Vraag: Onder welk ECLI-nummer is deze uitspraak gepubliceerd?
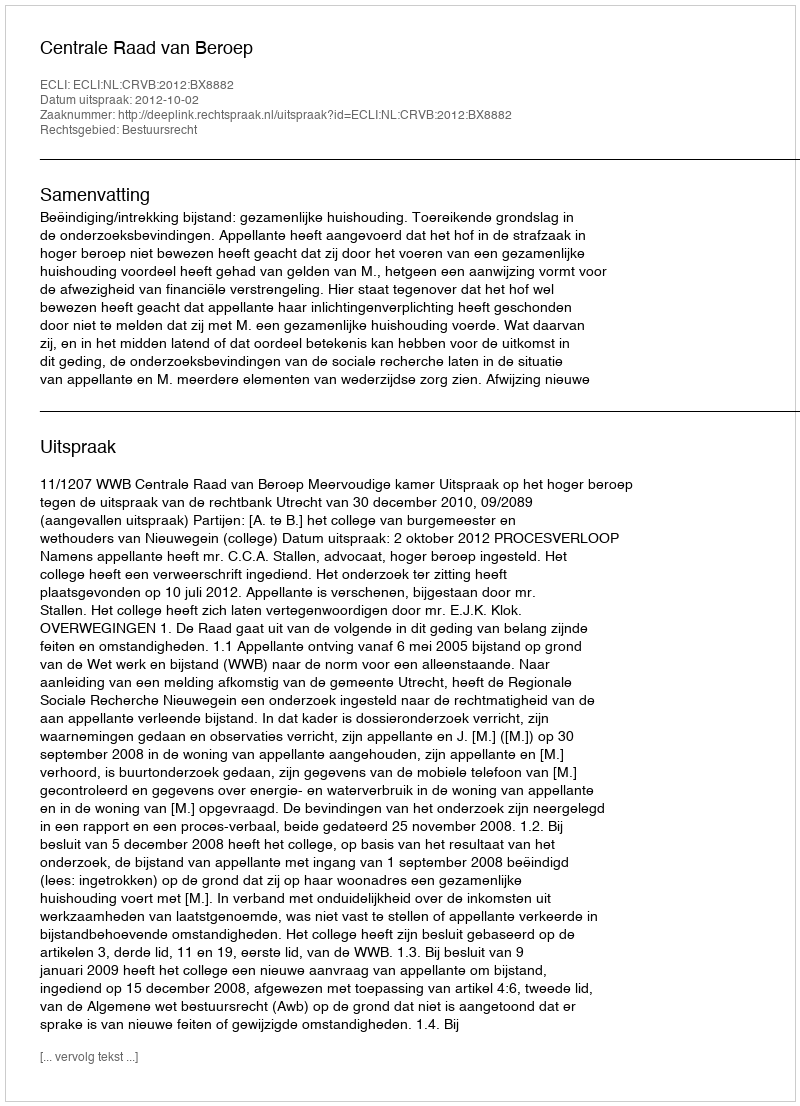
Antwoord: ECLI:NL:CRVB:2012:BX8882